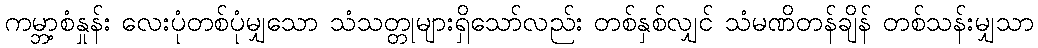
ကမ္ဘာ့စံနှုန်း လေးပုံတစ်ပုံမျှသော သံသတ္တုများရှိသော်လည်း တစ်နှစ်လျှင် သံမဏိတန်ချိန် တစ်သန်းမျှသာ